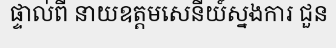
ផ្ទាល់ពី នាយឧត្តមសេនីយ៍ស្នងការ ជួន